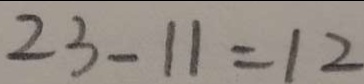
2 3 - 1 1 = 1 2